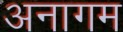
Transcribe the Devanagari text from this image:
अनागम